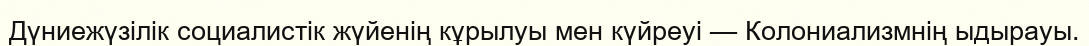
Дүниежүзілік социалистік жүйенің кұрылуы мен күйреуі — Колониализмнің ыдырауы.